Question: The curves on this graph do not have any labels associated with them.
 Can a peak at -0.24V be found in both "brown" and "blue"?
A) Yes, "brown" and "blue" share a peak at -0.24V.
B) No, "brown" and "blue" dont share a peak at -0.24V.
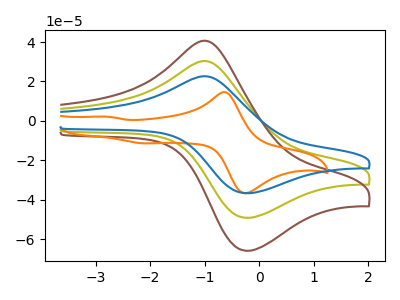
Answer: <think>The olive curve "olive" has an anodic peak at (-0.95V, 30.10uA) and a cathodic peak at (-0.25V, -49.20uA). The brown curve "brown" has an anodic peak at (-0.95V, 60.25uA) and a cathodic peak at (-0.25V, -98.45uA). The orange curve "orange" has anodic peaks at (-0.60V, 14.55uA) (-2.80V, 2.15uA) and cathodic peaks at (-0.20V, -36.40uA) (-2.15V, -11.40uA). The blue curve "blue" has an anodic peak at (-0.95V, 22.50uA) and a cathodic peak at (-0.25V, -36.75uA).</think>
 <answer>A) Yes, "brown" and "blue" share a peak at -0.24V.</answer>
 <eval>A</eval>